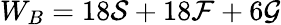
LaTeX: W_{B}=18{\cal{S}}+18{\cal{F}}+6{\cal{G}}